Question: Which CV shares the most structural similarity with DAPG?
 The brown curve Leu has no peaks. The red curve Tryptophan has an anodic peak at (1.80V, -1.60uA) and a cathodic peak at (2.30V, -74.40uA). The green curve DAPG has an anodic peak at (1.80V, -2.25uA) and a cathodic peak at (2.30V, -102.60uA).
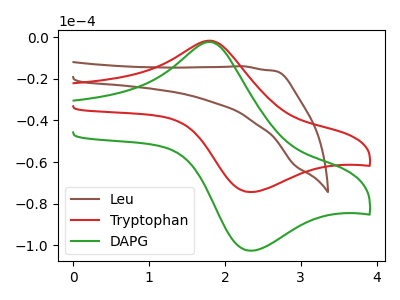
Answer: <think>"Leu" and "Tryptophan" have a different number of peaks. "Leu" and "DAPG" have a different number of peaks. All the peaks in "Tryptophan" have a peak in "DAPG" at the same potential.
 </think>
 <answer>The CV with the most similar shape to "Tryptophan" is "DAPG".</answer>
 <eval>"DAPG"</eval>